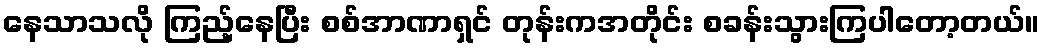
နေသာသလို ကြည့်နေပြီး စစ်အာဏာရှင် တုန်းကအတိုင်း စခန်းသွားကြပါတော့တယ်။